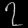
Digit: ၇